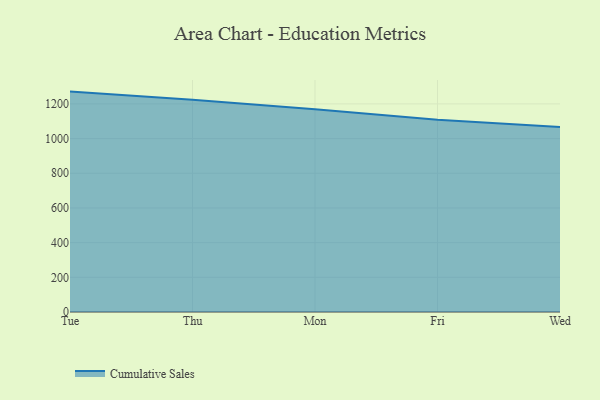
{"axis": {"x": "Day", "y": "Satisfaction Score"}, "legend": ["Cumulative Sales"], "data": [{"x": "Tue", "y": 1271.0, "type": "Cumulative Sales"}, {"x": "Thu", "y": 1223.8, "type": "Cumulative Sales"}, {"x": "Mon", "y": 1169.6, "type": "Cumulative Sales"}, {"x": "Fri", "y": 1108.8, "type": "Cumulative Sales"}, {"x": "Wed", "y": 1066.2, "type": "Cumulative Sales"}]}